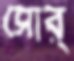
সোর্